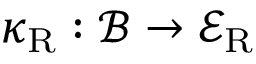
\kappa _ { \mathrm { R } } : \mathcal { B } \rightarrow \mathcal { E } _ { \mathrm { R } }